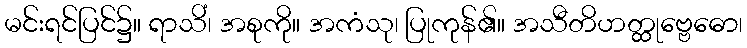
မင်းရင်ပြင်၌။ ရာသိံ၊ အစုကို။ အကံသု၊ ပြုကုန်၏။ အသီတိဟတ္ထုဗ္ဗေဓော၊